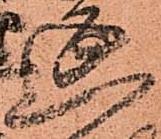
延